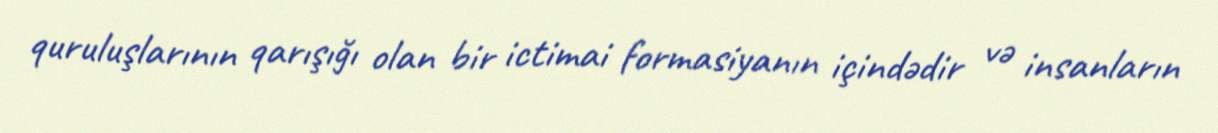
quruluşlarının qarışığı olan bir ictimai formasiyanın içindədir və insanların